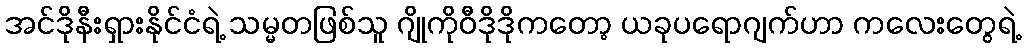
အင်ဒိုနီးရှားနိုင်ငံရဲ့ သမ္မတဖြစ်သူ ဂျိုကိုဝီဒိုဒိုကတော့ ယခုပရောဂျက်ဟာ ကလေးတွေရဲ့